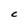
Character: C